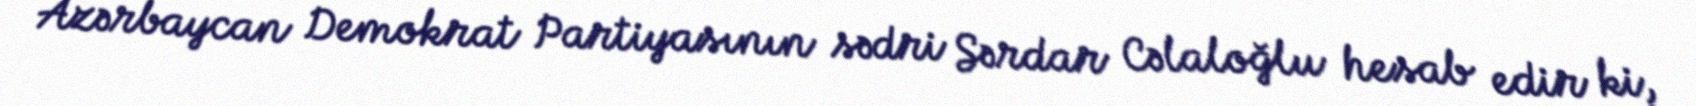
Azərbaycan Demokrat Partiyasının sədri Sərdar Cəlaloğlu hesab edir ki,